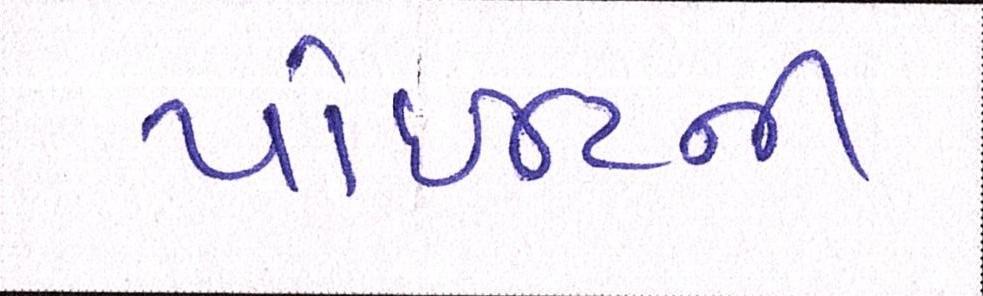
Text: પોઈન્ટની